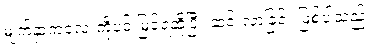
မျက်နှာကလေးကိုပင် မြင်ရဆိုပြီး ဆင်းလာခြင်း ဖြစ်ပါသည်။